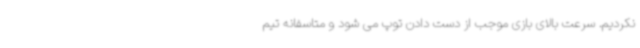
نکردیم. سرعت بالای بازی موجب از دست دادن توپ می شود و متاسفانه تیم